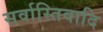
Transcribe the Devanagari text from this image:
सर्वास्तिवादि